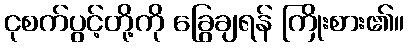
ငုစက်ပွင့်တို့ကို ခြွေချရန် ကြိုးစား၏။